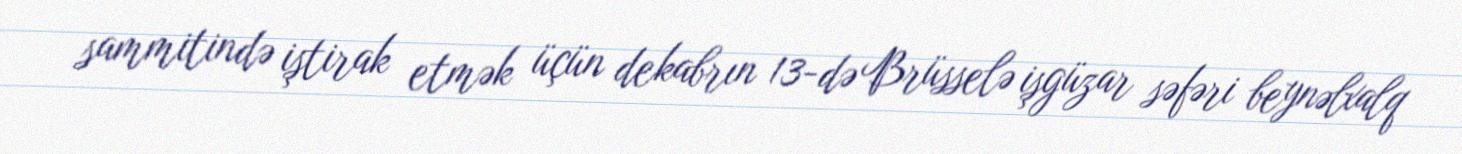
sammitində iştirak etmək üçün dekabrın 13-də Brüsselə işgüzar səfəri beynəlxalq